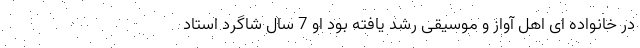
در خانواده ای اهل آواز و موسیقی رشد یافته بود او 7 سال شاگرد استاد